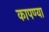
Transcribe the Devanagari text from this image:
कापण्या